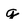
Character: g